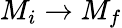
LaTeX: M_{i}\rightarrow M_{f}